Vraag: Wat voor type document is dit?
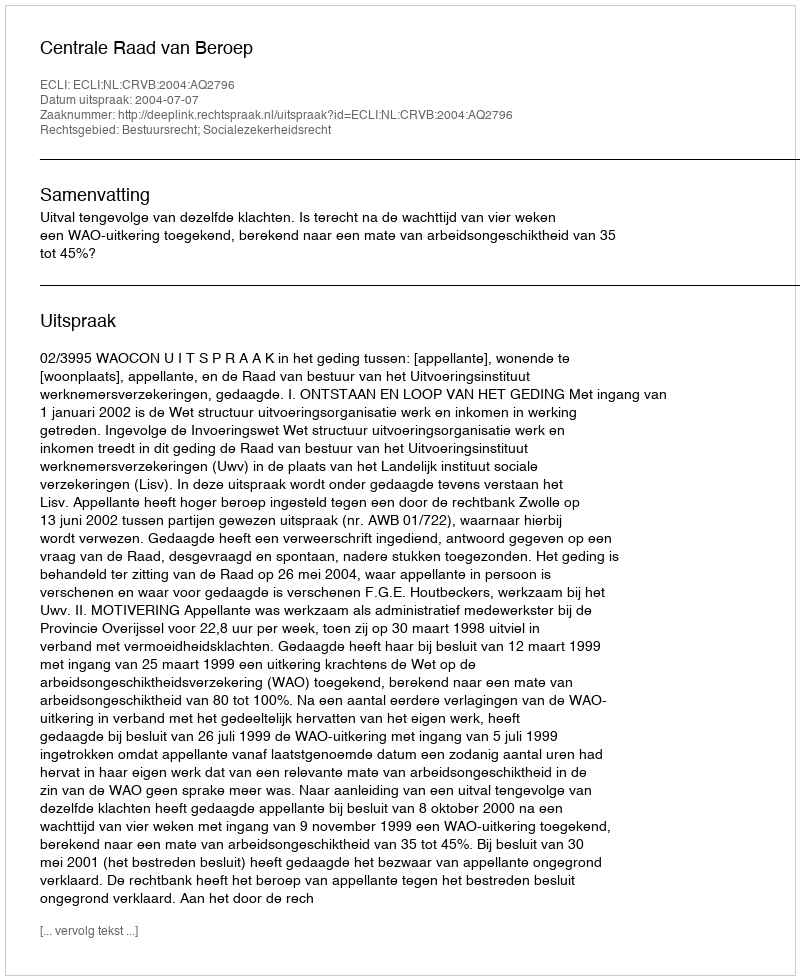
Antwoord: Uitspraak